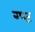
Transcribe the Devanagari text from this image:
ग्प्ट